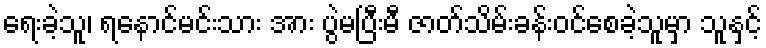
ရေးခဲ့သူ၊ ရနောင်မင်းသား အား ပွဲမပြီးမီ ဇာတ်သိမ်းခန်းဝင်စေခဲ့သူမှာ သူနှင့်